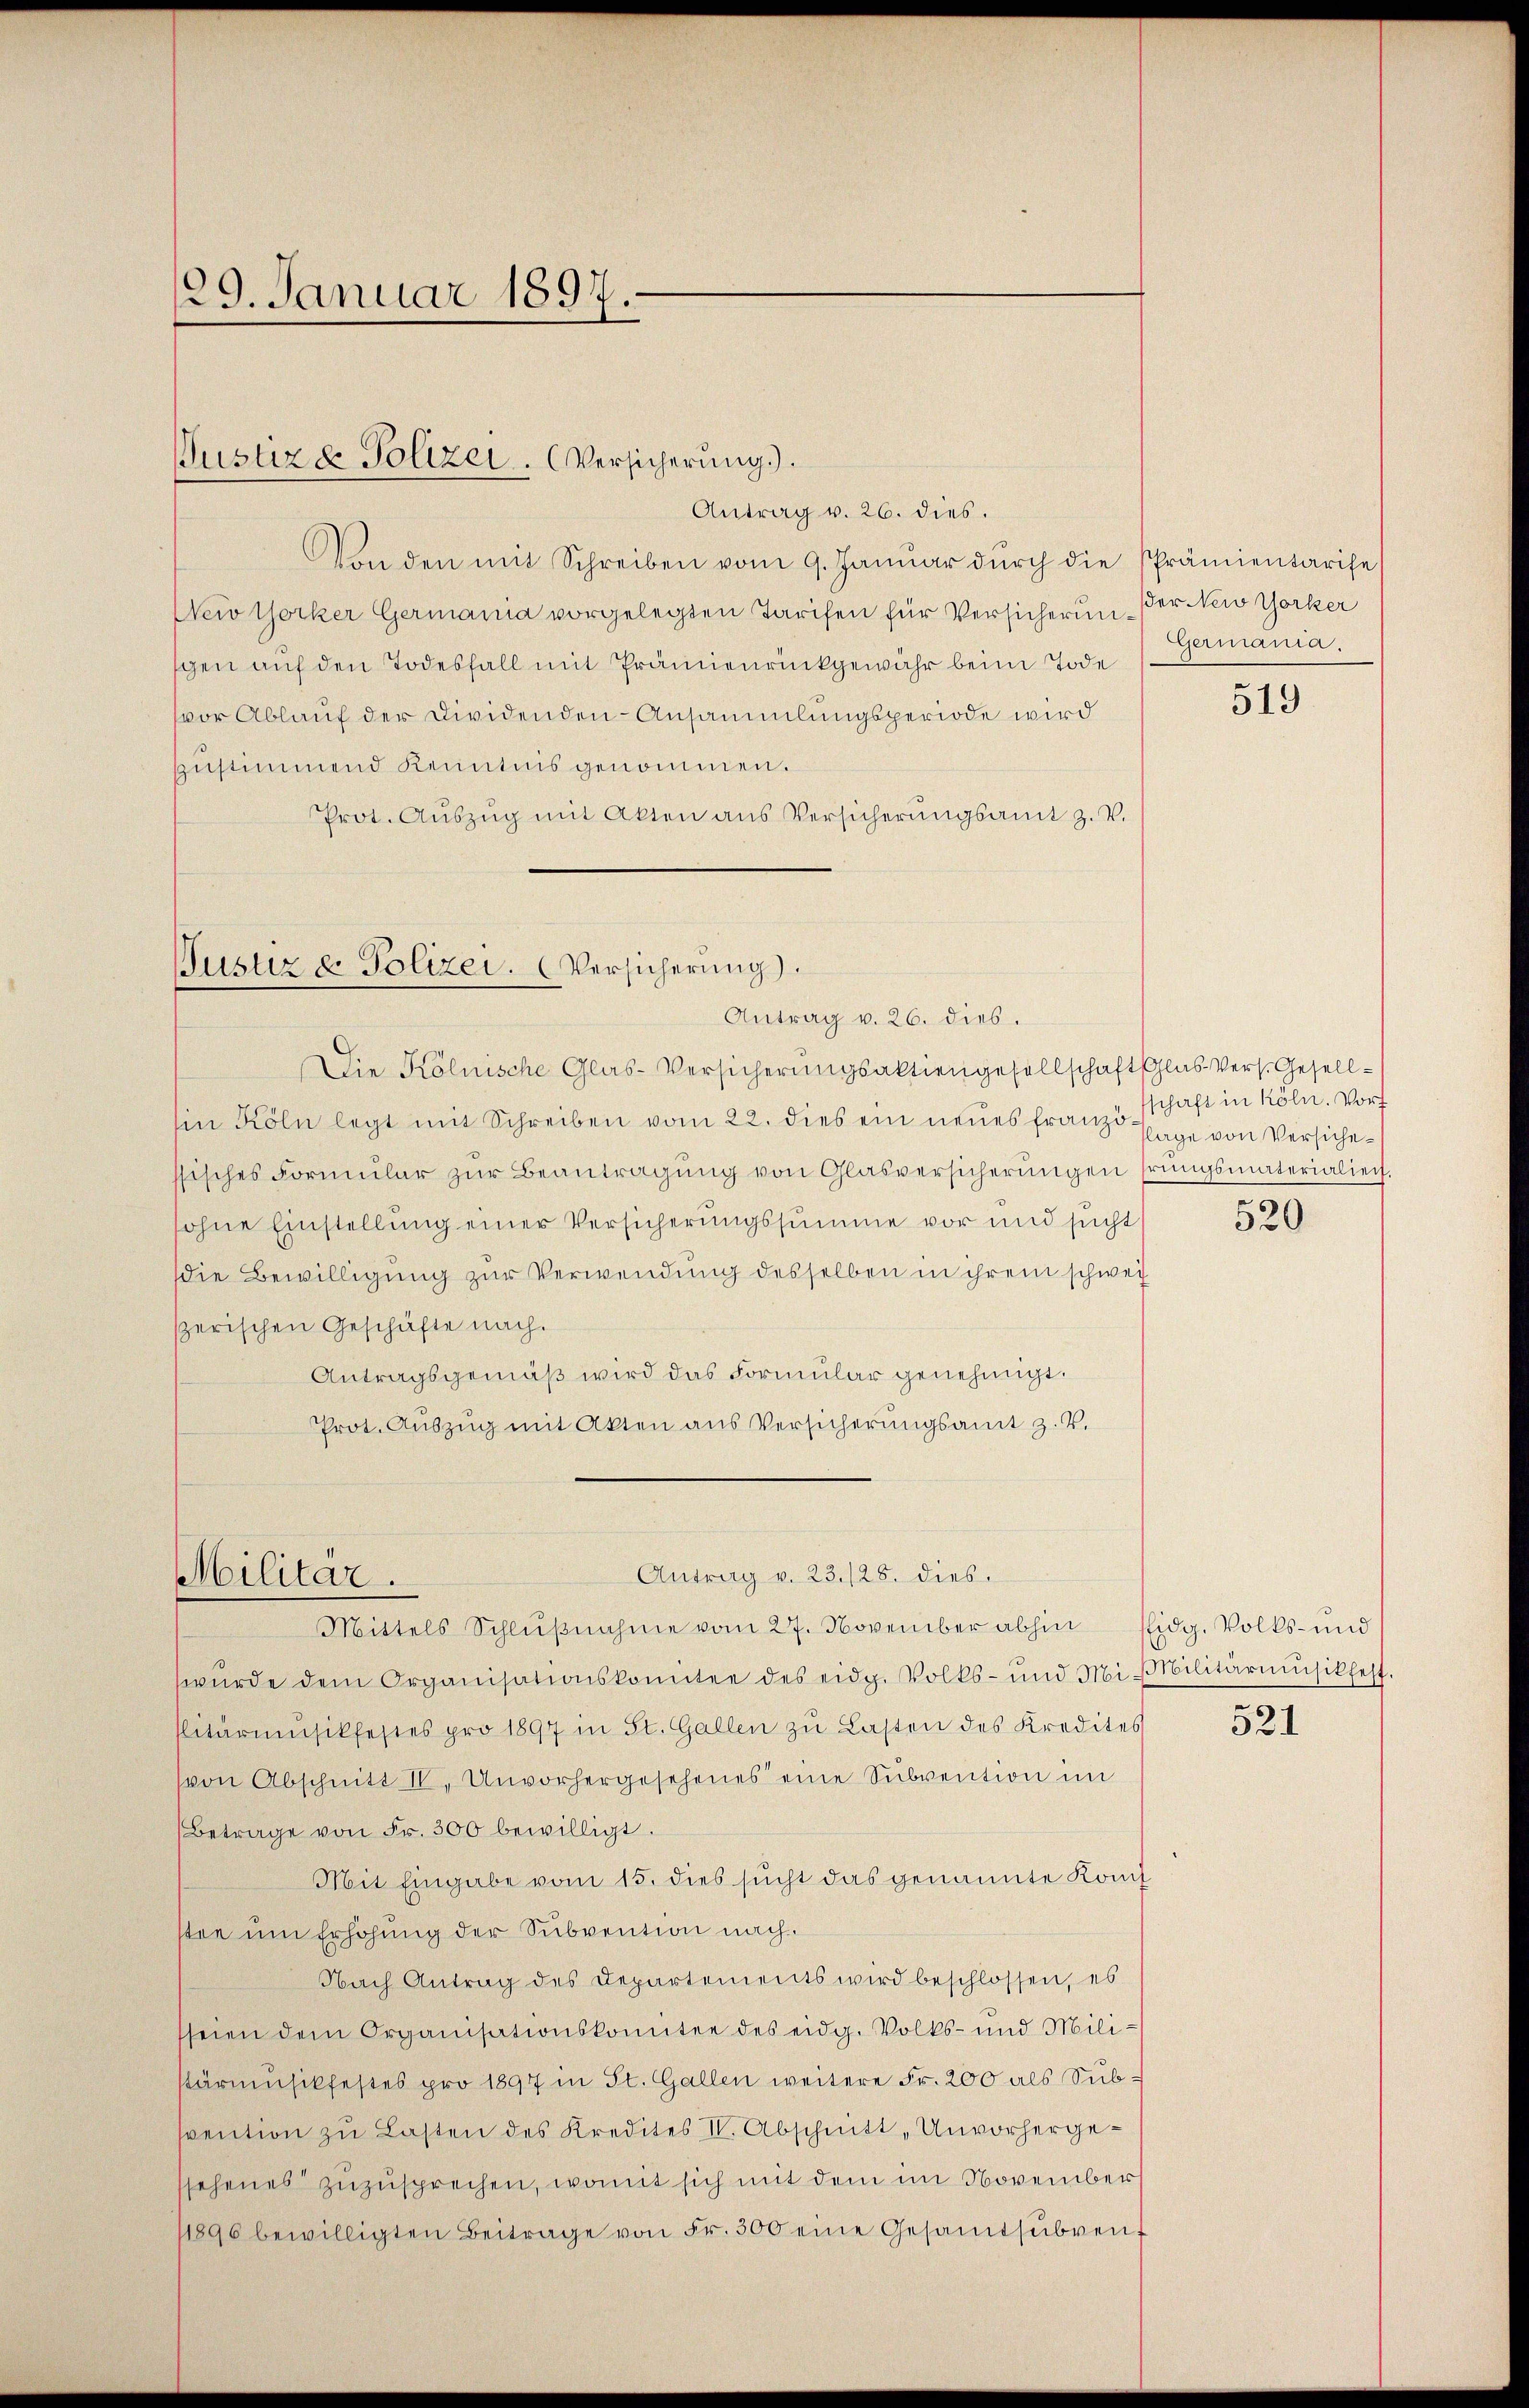
Von den mit Schreiben vom 9. Janŭar dŭrch die Prämientarise
New Yorker Germanna vorgelegten Tarifen für Versicherung der New Yorker
sgen auf den Todesfall mit Prämienrückgewähr beim Tode
vor Ablauf der Dividenden Ansammlungsperiode wird
zŭstimmend kenntnis genommen.
Prot. Aŭszŭg mit Akten aus Versicherŭngsamt z. V.

129. Januar 1891
7.

Justiz & Polizei. (Versicherung).
Antrag v. 26. dies.

Ein Köln legt mit Schreiben vom 22. dies ein neues franze Tage von Versichesisches Formŭlar zŭr Beantragŭng von Glasversicherŭngen srŭngsmaterialien
sohne Einstellung einer Versicherungssumme vor und sucht
die Bewilligung zur Verwendung desselben in ihrem schwei
serischen Geschäfte nach.
Antragsgemäß wird das Formular genehmigt.
Prot. Auszug mit Akten aus Versicherungsamt z. V.

Pustiz & Polizei. Versicherung.
Antrag v. 26. dies.
Die Kölnische Glas-Versicherungsaktiengesellschaft Glas Vers. Gesell¬

Antrag v. 23. 128. dies
Militär.
Mittels Schlŭβnahme vom 27. November abhin Eidg. Volks- und

würde dem Organisationskomitee des eidg. Volks- und Mi-Militärmusikfest
llitärmusikfestes pro 1897 in St. Gallen zu Lasten des Kredites
(von Abschnitt II. Unvorhergesehenes eine Subvention im
Betrage von Fr. 300 bewilligt.
Mit Eingabe vom 15. dies sucht das genannte Konf
stee um Erhöhung der Subvention nach
Nach Antrag des Departements wird beschlossen, es
seien dem Organisationskomitee des eidg. Volks- und Milistärmusikfestes pro 1897 in St. Gallen weitere Fr. 200 als Subsvention zu Lasten des Kredites II. Abschnitt „Unvorhergessehenes zuzusprechen, womit sich mit dem im November
1896 bewilligten Beitrage von Fr. 500 eine Gesamtsŭbvent

Germania.

519

schaft in Köln. Vorf
520

521